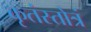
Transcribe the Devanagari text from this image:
कृतंस्तोत्रं